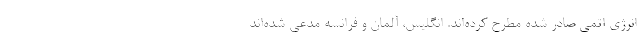
انرژی اتمی صادر شده مطرح کرده‌اند. انگلیس، آلمان و فرانسه مدعی شده‌اند